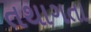
તથાગતા